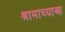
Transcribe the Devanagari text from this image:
श्रामाच्याआ